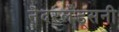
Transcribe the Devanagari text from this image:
नेदरलँड्सनी